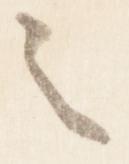
之